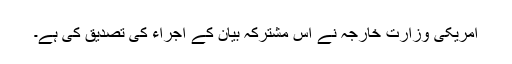
امریکی وزارت خارجہ نے اِس مشترکہ بیان کے اجراء کی تصدیق کی ہے۔